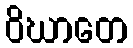
ဝိဃာတေ